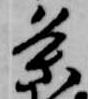
条